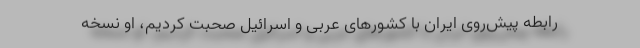
رابطه پیش‌روی ایران با کشورهای عربی و اسرائیل صحبت کردیم، او نسخه